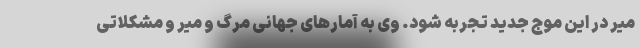
میر در این موج جدید تجربه شود. وی به آمارهای جهانی مرگ و میر و مشکلاتی